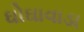
ઘોઘાવાડા